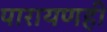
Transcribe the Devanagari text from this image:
पारायणही